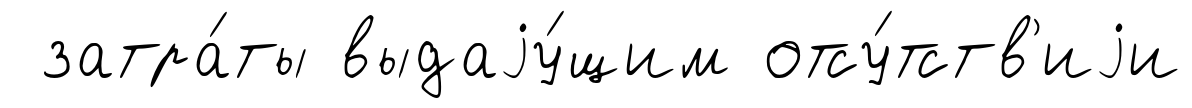
затра́ты выдаjу́щим отсу́тств'иjи